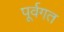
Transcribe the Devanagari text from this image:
पूर्वगत